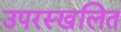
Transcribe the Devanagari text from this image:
उपरस्खलित